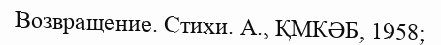
Возвращение. Стихи. А., ҚМКӘБ, 1958;